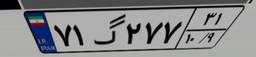
۷۱گ۲۷۷۳۱